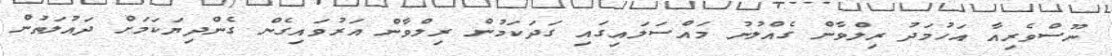
ނޫސްވެރިއާ އަހުމަދު ރިލްވާން ގެއްލުނު މައްސަލައިގައި ގަދަކަމުން ރިލްވާން އަރުވައިގެން ގެންދިޔަކަމަށް ދައުލަތުން